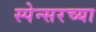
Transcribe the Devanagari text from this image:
स्पेन्सरच्या